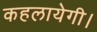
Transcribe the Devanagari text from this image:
कहलायेगी।